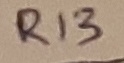
Text: R13